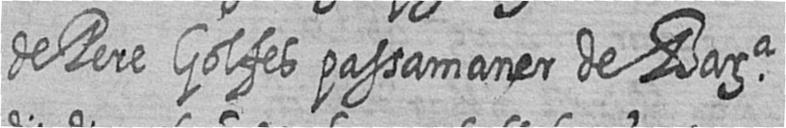
de Pere Golfes passamaner de Bara